Lunatic asylums Madras 1877-1891 - 1877-1891
Year: 1877
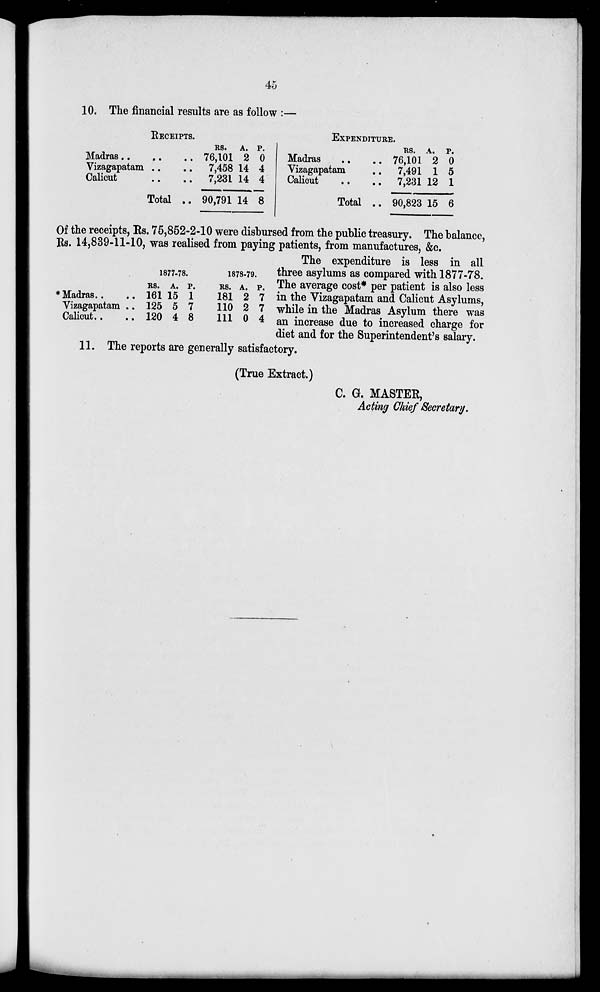
45
10. The financial results are as follow :—
RECEIPTS.
Madras
..
..
..
Vizagapatam .. ..
Calicut
..
..
Total ..
Rs.
76,101
7,458
7,231
90,791
A.
2
14
14
14
P.
0
4
4
8
EXPENDITURE.
Madras
..
..
Vizagapatam ..
Calicut .. ..
Total ..
Rs.
76,101
7,491
7,231
90,823
A.
2
1
12
15
P.
0
5
1
6
* Madras .. ..
Vizagapatam ..
Calicut .. ..
1877-78.
Rs.
161
125
120
A.
15
5
4
P.
1
7
8
1878-79.
Rs.
181
110
111
A.
2
2
0
P.
7
7
4
Of the receipts, Rs. 75,852-2-10 were disbursed from the public treasury. The balance,
Rs. 14,839-11-10, was realised from paying patients, from manufactures, &c.
The expenditure is less in all
three asylums as compared with 1877-78.
The average cost* per patient is also less
in the Vizagapatam and Calicut Asylums,
while in the Madras Asylum there was
an increase due to increased charge for
diet and for the Superintendent's salary.
11. The reports are generally satisfactory.
(True Extract.)
C. G. MASTER,
Acting Chief Secretary.